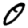
Digit: 0